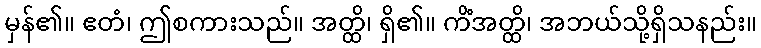
မှန်၏။ ဧတံ၊ ဤစကားသည်။ အတ္ထိ၊ ရှိ၏။ ကိံအတ္ထိ၊ အဘယ်သို့ရှိသနည်း။